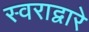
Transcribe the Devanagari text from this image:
स्वराद्वारे